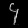
Digit: ၄